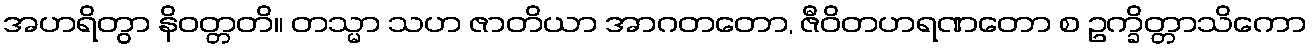
အဟရိတွာ နိဝတ္တတိ။ တသ္မာ သဟ ဇာတိယာ အာဂတတော, ဇီဝိတဟရဏတော စ ဥက္ခိတ္တာသိကော